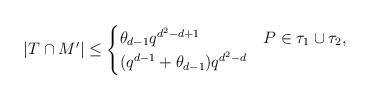
LaTeX: \begin{align*}|T\cap M'|\le\begin{cases}\theta_{d-1}q^{d^2-d+1} &P\in\tau_1\cup\tau_2,\\(q^{d-1}+\theta_{d-1})q^{d^2-d} &\end{cases}\end{align*}